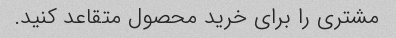
مشتری را برای خرید محصول متقاعد کنید.